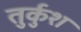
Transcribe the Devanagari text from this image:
तुर्कुश